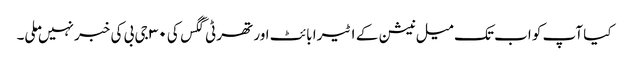
کیا آپ کو اب تک میل نیشن کے ۱ ٹیرا بائٹ اور تھرٹی گگس کی ۳۰ جی بی کی خبر نہیں ملی۔